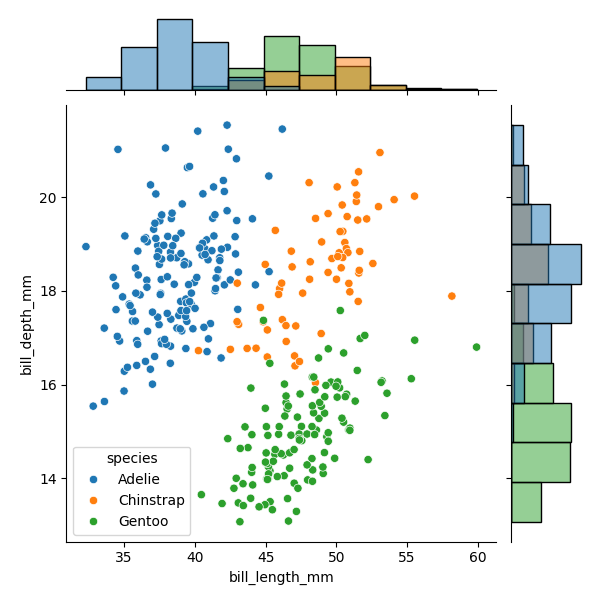
python, seaborn, JointGrid, scatterplot, histplot, hue